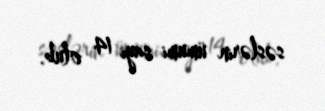
səslərin ümumi sayı 14 olub.